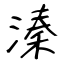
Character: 溱